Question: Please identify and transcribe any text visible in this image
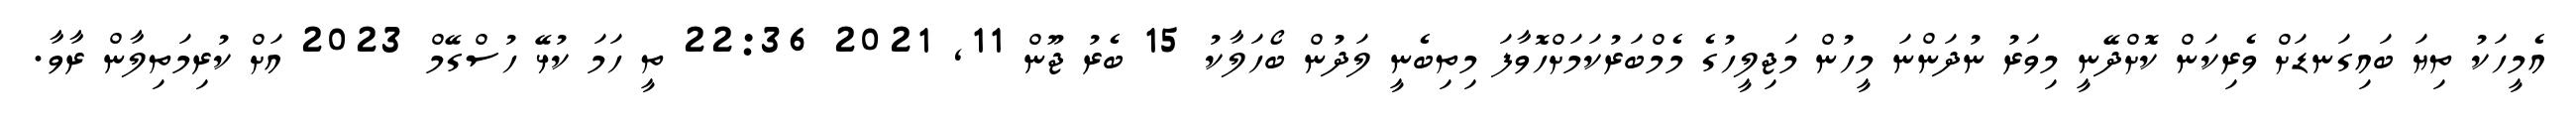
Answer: އެމީހަކު ތިޔަ ބައިގަނޑަށް ވެރިކަން ކޮށްދޭނީ މިވަރު ނުދަންނަ މީހުން މަޖިލީހުގެ މެމްބަރުކަމަށްހޮވާފަ މިތިބެނީ ލަދުން ބޯހަލާކު 15 ބެރު ޖޫން 11, 2021 22:36 ތީ ހަމަ ކުޅޭ ހުސްގޭމް 2023 އަށް ކުރިމަތިލާން ރާވާ.